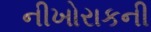
નીખોરાકની